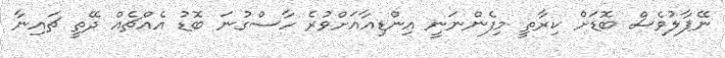
ނޭޕާލުވެސް ބޮޑަށް ކިރާތީ މިފެންނަނީ އިންޑިއާއަށްވުރެ ހާސްގުނަ ބޮޑު އެއްޗެއް ދޭތީ ޗައިނާ